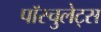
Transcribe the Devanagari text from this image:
पॉस्चुलेट्स